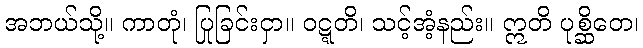
အဘယ်သို့။ ကာတုံ၊ ပြုခြင်းငှာ။ ဝဋ္ဋတိ၊ သင့်အံ့နည်း။ ဣတိ ပုစ္ဆိတေ၊